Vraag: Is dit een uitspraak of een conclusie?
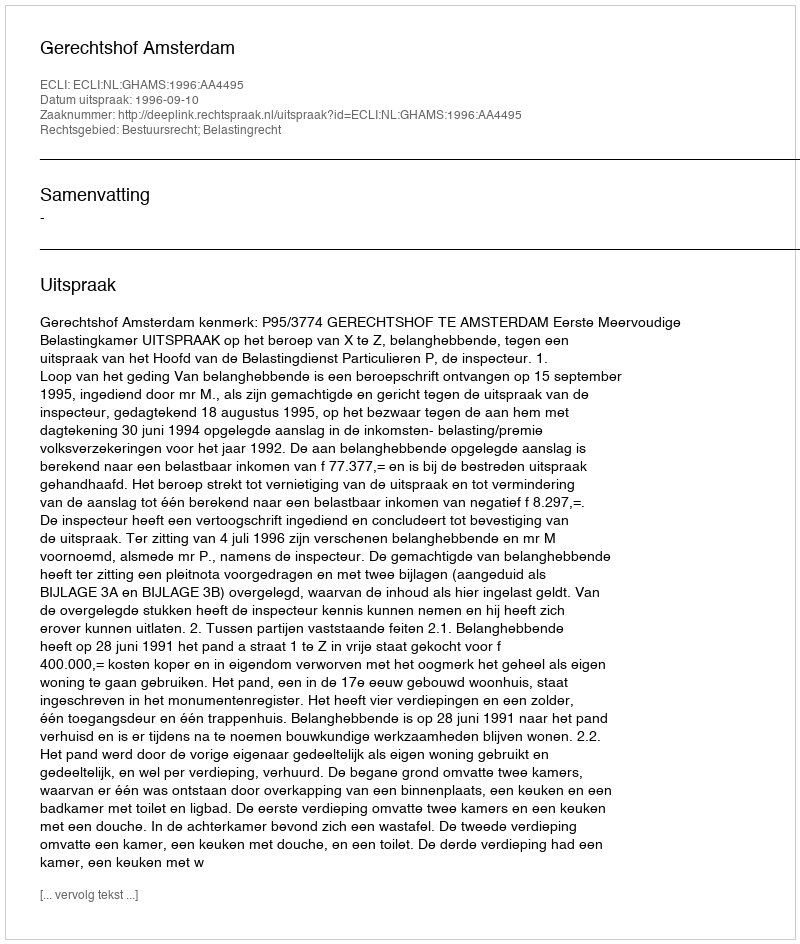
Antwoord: Uitspraak